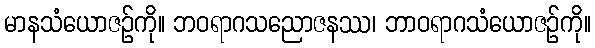
မာနသံယောဇဉ်ကို။ ဘဝရာဂသညောဇနဿ၊ ဘာဝရာဂသံယောဇဉ်ကို။